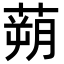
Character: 蒴